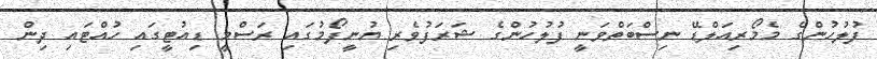
ފުލުހުންގެ މެމޯރިއަލްޑޭ ނިސްބަތްވަނީ ފުލުހުންގެ ޝަރަފުވެރި ޔުނީފޯމުގައި ރަސްމީ ޑިއުޓީގައި ހުއްޓައި ދިން